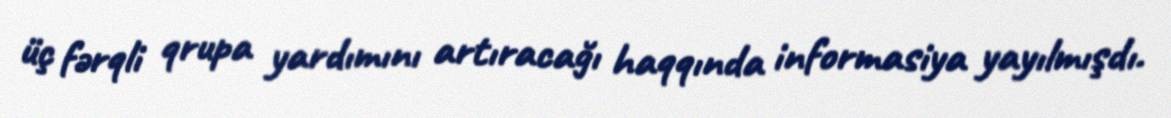
üç fərqli qrupa yardımını artıracağı haqqında informasiya yayılmışdı.